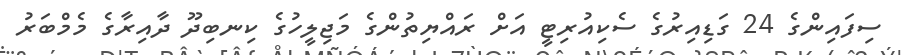
ސިފައިންގެ 24 ގަޑިއިރުގެ ސެކިއުރިޓީ އަށް ރައްޔިތުންގެ މަޖިލީހުގެ ކިނބިދޫ ދާއިރާގެ މެމްބަރު